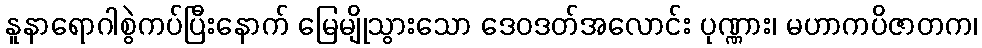
နူနာရောဂါစွဲကပ်ပြီးနောက် မြေမျိုသွားသော ဒေဝဒတ်အလောင်း ပုဏ္ဏား၊ မဟာကပိဇာတက၊